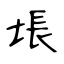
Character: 㙊